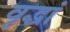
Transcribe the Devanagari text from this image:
वृद्धां